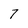
Character: 7